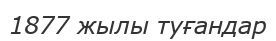
1877 жылы туғандар